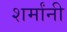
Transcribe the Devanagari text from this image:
शर्मांनी